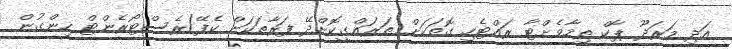
އަދި މަރަދޫ ޕާކް ތިމާވެށްޓާ ރައްޓެހި ގޮތަކަށް ތަރައްގީކޮށްދޭ ފަރާތަކަށް ކެފޭ/ރެސްޓޯރެންޓް ހިންގުން